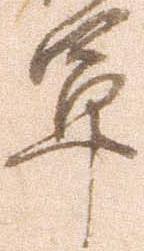
軍